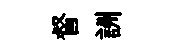
督詶